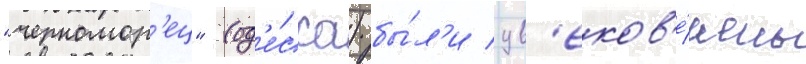
"черномор'ец" (од'е́сса) бы́л'и ув'еков'е́чены